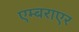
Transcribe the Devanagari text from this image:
एम्बराएर